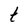
Character: t